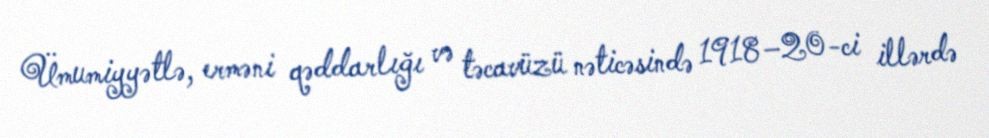
Ümumiyyətlə, erməni qəddarlığı və təcavüzü nəticəsində 1918–20-ci illərdə